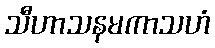
သီဟာသနမကာသဟံ